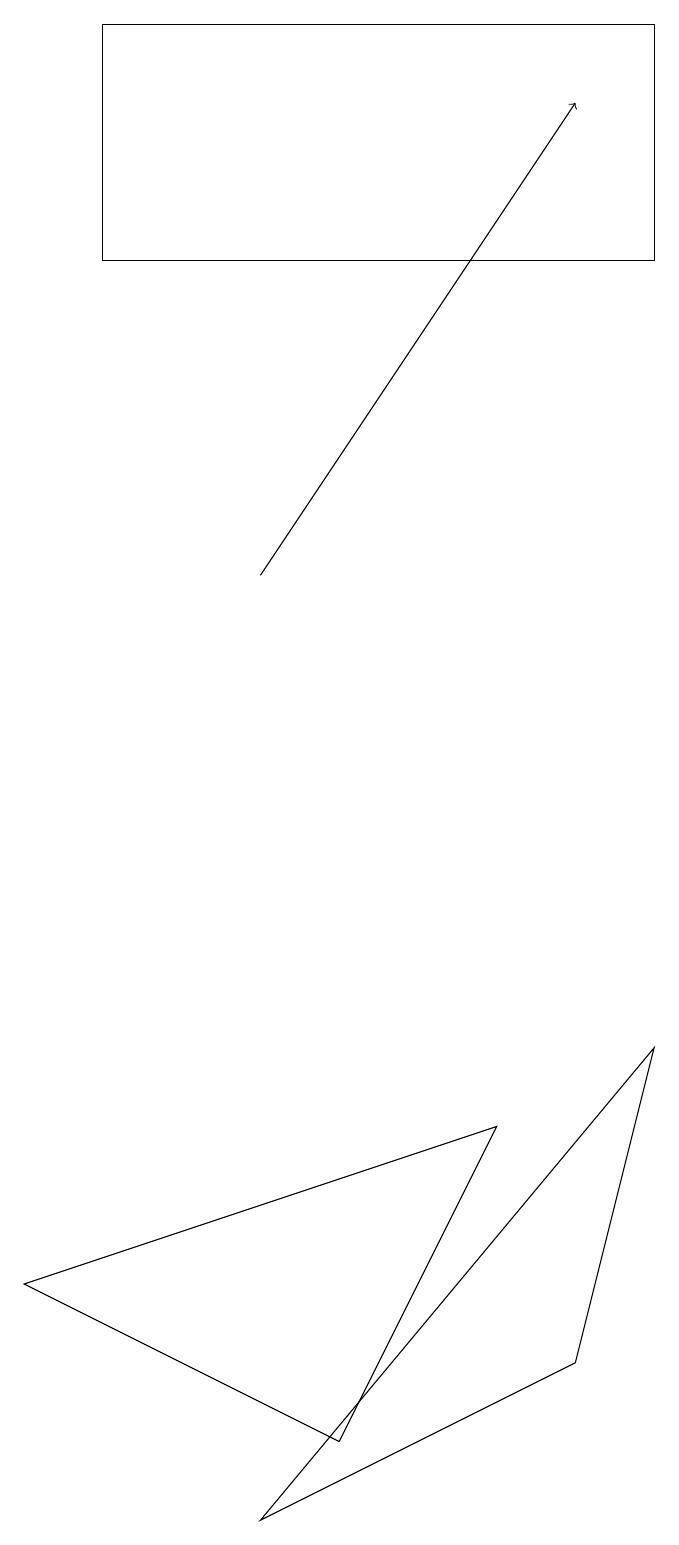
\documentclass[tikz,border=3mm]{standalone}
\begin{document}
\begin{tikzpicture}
\draw (1,3) -- (5,1) -- (7,5) -- cycle;
\draw[->] (4,12) -- (8,18);
\draw (9,6) -- (4,0) -- (8,2) -- cycle;
\draw (2,19) rectangle (9,16);
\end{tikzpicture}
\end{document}